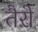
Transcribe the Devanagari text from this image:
तैरो